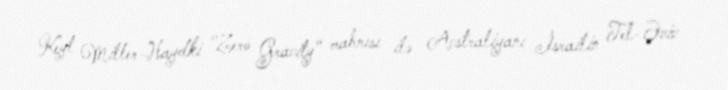
Keyt Miller-Haydki "Zero Gravity" mahnısı ilə Avstraliyanı İsrailin Tel-Əviv